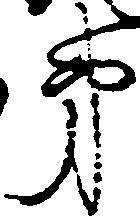
弟